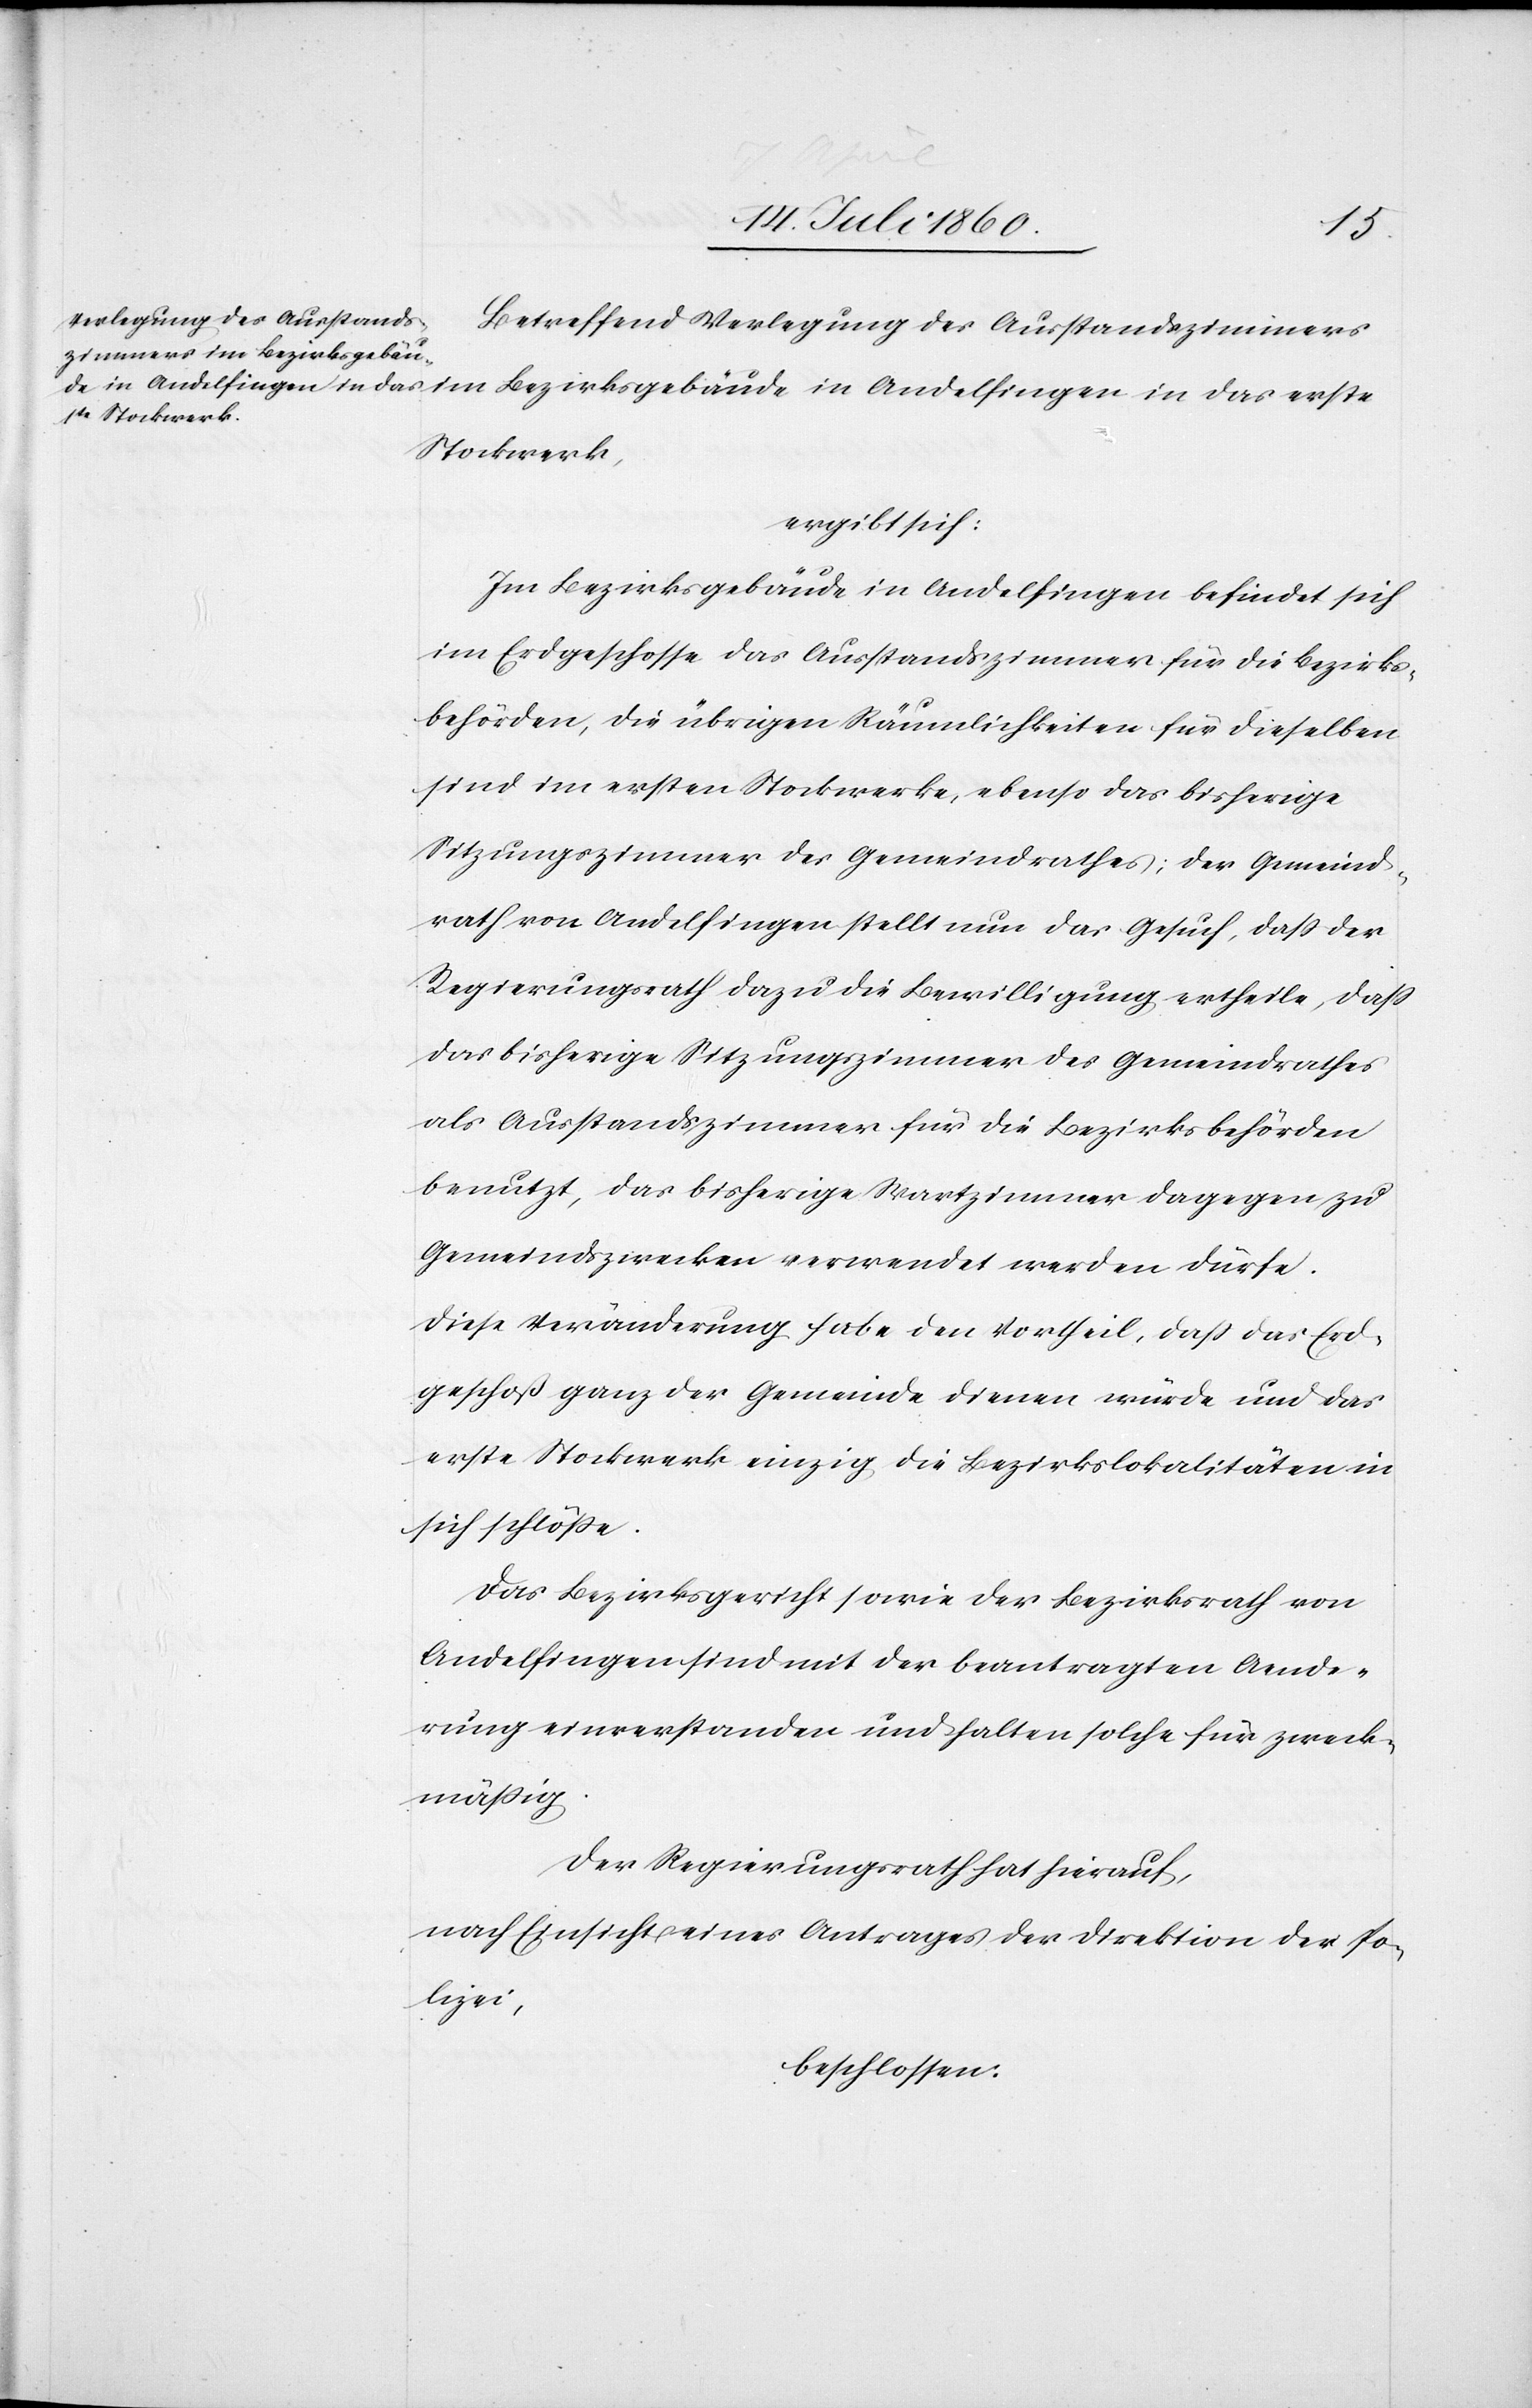
werk,
Betreffend Verlegung des Ausstandszimmers
ergibt sich:
Im Bezirksgebäude in Andelfingen befindet sich
im Erdgeschosse das Ausstandszimmer für die Bezirks¬
behörden, die übrigen Räumlichkeiten für dieselben
sind im ersten Stockwerke, ebenso das bisherige
Sitzungszimmer des Gemeindrathes; der Gemeind¬
rath von Andelfingen stellt nun das Gesuch, dass der
Regierungsrath dazu die Bewilligung ertheile, dass
das bisherige Sitzungszimmer des Gemeindrathes
als Ausstandszimmer für die Bezirksbehörden
benutzt, das bisherige Wartzimmer dagegen zu
Gemeindszwecken verwendet werden dürfe.
Diese Veränderung habe den Vortheil, daß das Erd¬
geschoß ganz der Gemeinde dienen würde und das
erste Stockwerk einzig die Bezirkslokalitäten in
sich schlösse.
Das Bezirksgericht sowie der Bezirksrath von
Andelfingen sind mit den beantragten Aende¬
rungen einverstanden und halten solche für zweck¬
mässig.
Der Regierungsrath hat hierauf,
nach Einsicht eines Antrages der Direktion der Po¬
lizei
beschlossen: